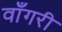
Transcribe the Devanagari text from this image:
वाँगरी